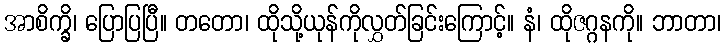
အာစိက္ခိ၊ ပြောပြပြီ။ တတော၊ ထိုသို့ယုန်ကိုလွှတ်ခြင်းကြောင့်။ နံ၊ ထိုဇဂ္ဂနကို။ ဘာတာ၊